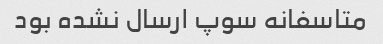
متاسفانه سوپ ارسال نشده بود